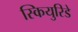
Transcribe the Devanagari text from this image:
स्कियुरिडे